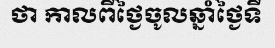
ថា កាលពីថ្ងៃចូលឆ្នាំថ្ងៃទី